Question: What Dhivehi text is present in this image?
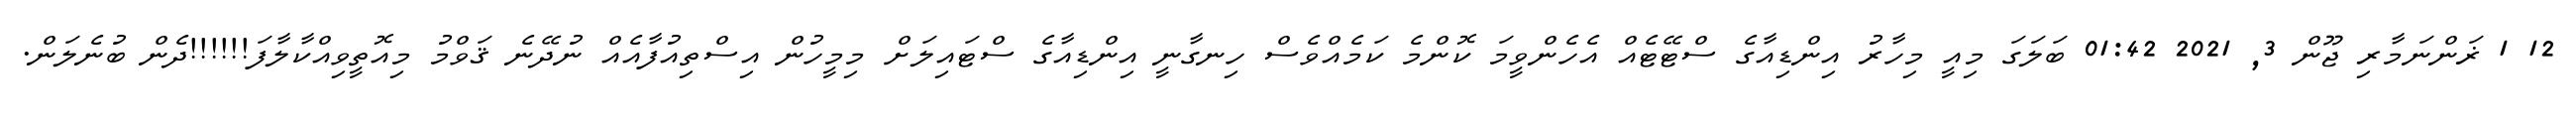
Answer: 12 1 ޜަންނަމާރި ޖޫން 3, 2021 01:42 ބަލަގަ މިއީ މިހާރު އިންޑިއާގެ ސްޓޭޓެއް އެހެންވީމަ ކޮންމެ ކަމެއްވެސް ހިނގާނީ އިންޑިއާގެ ސްޓައިލަށް މިމީހުން އިސްތިއުފާއެއް ނުދޭނެ ޤަވްމު މިއޮތީވިއްކާލާފަ!!!!!!ދެން ބުނެލަން.